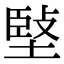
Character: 𡏃